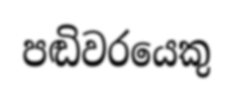
පඬිවරයෙකු